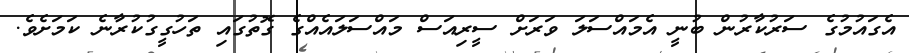
އެގައުމުގެ ސަރުކާރުން ބުނީ އެމައްސަލަ ވަރަށް ސީރިއަސް މައްސަލައެއްގެ ގޮތުގައި ތަހުގީގުކުރާނެ ކަމަށެވެ.